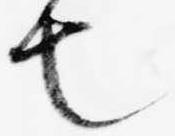
也